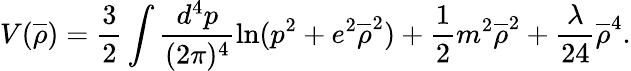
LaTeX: V(\overline{{{\rho}}})=\frac{3}{2}\int\frac{d^{4}p}{(2\pi)^{4}}\ln(p^{2}+e^{2}\overline{{{\rho}}}^{2})+\frac{1}{2}m^{2}\overline{{{\rho}}}^{2}+\frac{\lambda}{24}\overline{{{\rho}}}^{4}.